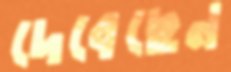
দেবেছেন